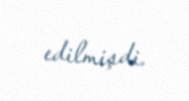
edilmişdi.